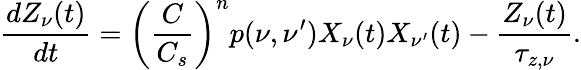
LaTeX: \frac{dZ_{\nu}(t)}{dt}=\left(\frac{C}{C_{s}}\right)^{n}p(\nu,\nu^{\prime})X_{\nu}(t)X_{\nu^{\prime}}(t)-\frac{Z_{\nu}(t)}{\tau_{z,\nu}}.